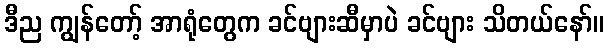
ဒီည ကျွန်တော့် အာရုံတွေက ခင်ဗျားဆီမှာပဲ ခင်ဗျား သိတယ်နော်။